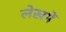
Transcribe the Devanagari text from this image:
लेखमें